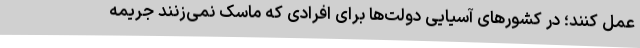
عمل کنند؛ در کشورهای آسیایی دولت‌ها برای افرادی که ماسک نمی‌زنند جریمه